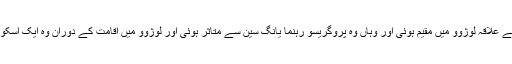
[5] 1921ء میں وہ جنوبی سیچوان کے علاقہ لوژوو میں مقیم ہوئی اور وہاں وہ پروگریسو رہنما یانگ سین سے متاثر ہوئی اور لوژوو میں اقامت کے دوران وہ ایک اسکول میں بطور معلم کے کام کرتی رہی۔